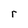
Character: r